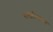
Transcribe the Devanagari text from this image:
सख्तीकरण